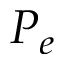
P _ { e }